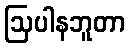
ဩပါနဘူတာ